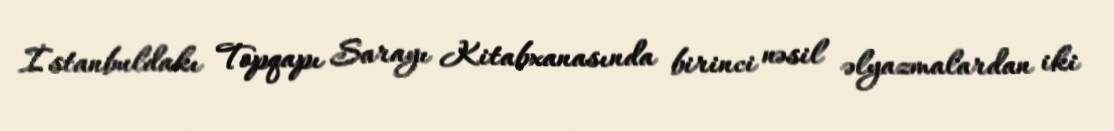
İstanbuldakı Topqapı Sarayı Kitabxanasında birinci nəsil əlyazmalardan iki